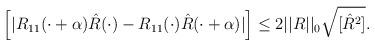
LaTeX: \begin{align*}\left[|R_{11}(\cdot+\alpha)\hat{R}(\cdot)-R_{11}(\cdot)\hat{R}(\cdot+\alpha)|\right]\leq 2||R||_0\sqrt{[\hat{R}^2]}.\end{align*}